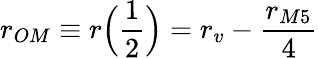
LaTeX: r_{OM}\equiv r\Big(\frac{1}{2}\Big)=r_{v}-\frac{r_{M5}}{4}